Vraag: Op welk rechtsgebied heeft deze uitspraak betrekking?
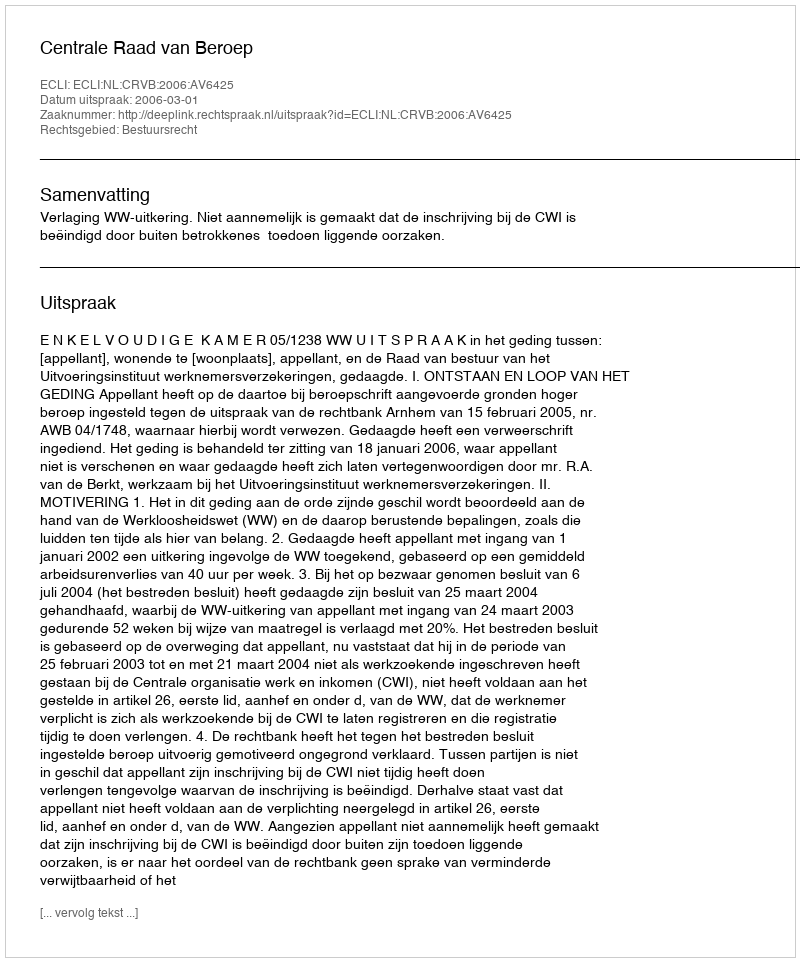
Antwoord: Bestuursrecht